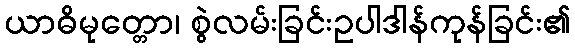
ယာဓိမုတ္တော၊ စွဲလမ်းခြင်းဥပါဒါန်ကုန်ခြင်း၏